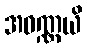
အဝဏ္ဏယိ